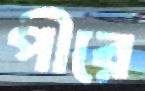
পীরে